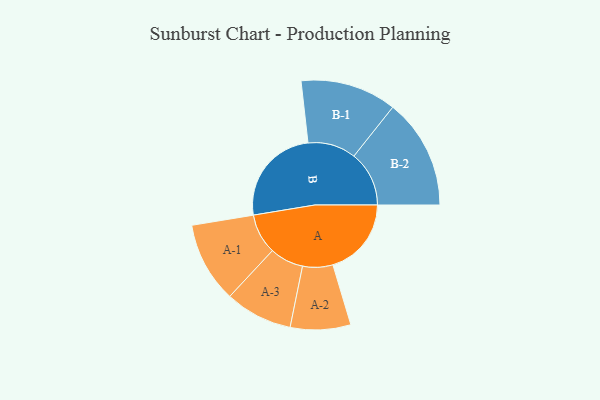
{"axis": {"x": "Segment", "y": "Value"}, "legend": ["", "A", "B"], "data": [{"x": "A", "y": 333, "type": ""}, {"x": "B", "y": 422, "type": ""}, {"x": "A-1", "y": 171, "type": "A"}, {"x": "A-2", "y": 128, "type": "A"}, {"x": "A-3", "y": 143, "type": "A"}, {"x": "B-1", "y": 204, "type": "B"}, {"x": "B-2", "y": 234, "type": "B"}]}